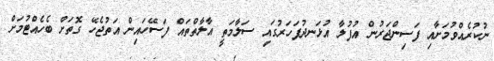
ނުކުރެއްވުމަށާއި ފަސިންޖަރުން އުފުލާ އުޅަނދުފަހަރުގައި ސަލާމަތީ އާލާތްތައް ފަސޭހައިން އަތުޖެހޭ ގޮތަށް ބެހެއްޓުމަށް